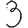
Digit: 3